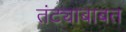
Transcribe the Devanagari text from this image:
तंट्याबाबत